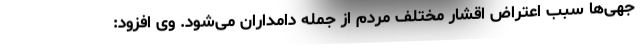
جهی‌ها سبب اعتراض اقشار مختلف مردم از جمله دامداران می‌شود. وی افزود: